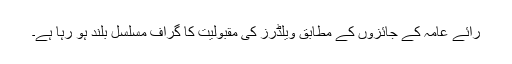
رائے عامہ کے جائزوں کے مطابق ویلڈرز کی مقبولیت کا گراف مسلسل بلند ہو رہا ہے۔